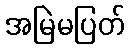
အမြဲမပြတ်